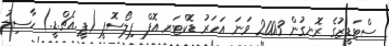
ސްޓަޑީޒުގެ ރޮނގުން 2003 ވަނަ އަހަރު ޑޮކްޓަރ އޮފް ފިލޯސޮފީ (ޕީ.އެޗް.ޑީ.) ހާސިލު